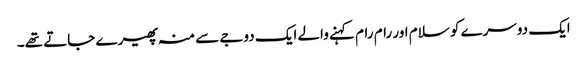
ایک دوسرے کو سلام اور رام رام کہنے والے ایک دوجے سے منہ پھیرے جاتے تھے۔